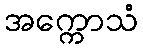
အက္ကောသံ